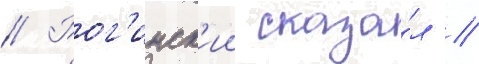
// Рог'инск'ии сказа́л //